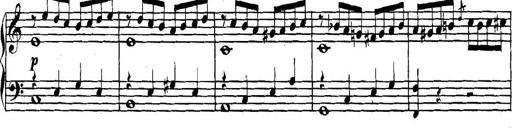
Title: Collected Piano Sonatas
Composer: Muzio Clementi